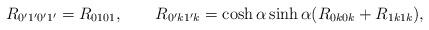
LaTeX: \begin{align*}R_{0'1'0'1'} = R_{0101},\qquad R_{0'k1'k} = \cosh\alpha \sinh \alpha (R_{0k0k} +R_{1k1k}),\end{align*}